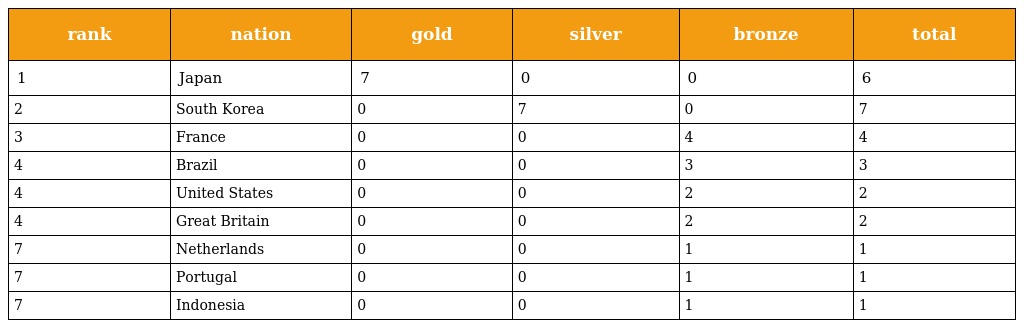
| rank | nation | gold | silver | bronze | total |
 | --- | --- | --- | --- | --- | --- |
 | 1 | Japan | 7 | 0 | 0 | 6 |
 | 2 | South Korea | 0 | 7 | 0 | 7 |
 | 3 | France | 0 | 0 | 4 | 4 |
 | 4 | Brazil | 0 | 0 | 3 | 3 |
 | 4 | United States | 0 | 0 | 2 | 2 |
 | 4 | Great Britain | 0 | 0 | 2 | 2 |
 | 7 | Netherlands | 0 | 0 | 1 | 1 |
 | 7 | Portugal | 0 | 0 | 1 | 1 |
 | 7 | Indonesia | 0 | 0 | 1 | 1 |